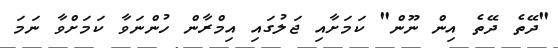
"ދޭތެ ދޭތެ އިން ނޫން" ކަމަށާއި ޖަލުގައި އިމްރާން ހުންނަވާ ކަމަށްވާ ނަމަ